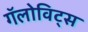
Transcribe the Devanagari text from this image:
गॅलोविट्स